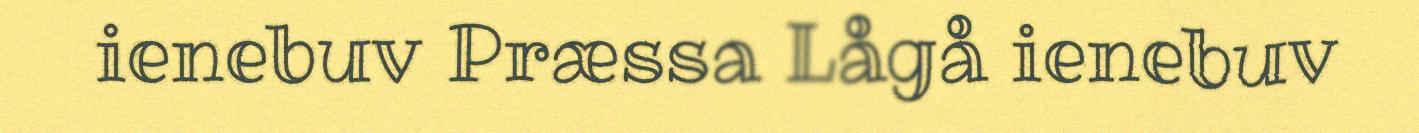
ienebuv Præssa Lågå ienebuv